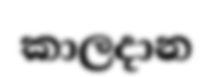
කාලදාන